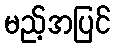
မည့်အပြင်